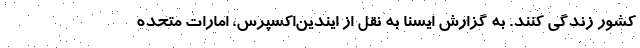
کشور زندگی کنند. به گزارش ایسنا به نقل از ایندین‌اکسپرس،‌ امارات متحده